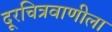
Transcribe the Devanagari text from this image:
दूरचित्रवाणीला